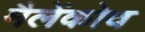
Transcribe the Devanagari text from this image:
मैलेंकोव